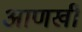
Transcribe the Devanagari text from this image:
अाणखी